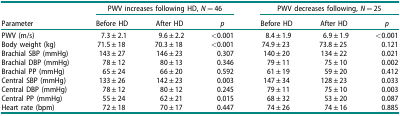
|  | <COLSPAN=3> PWV increases following HD, N = 46 | <COLSPAN=3> PWV decreases following, N = 25 |
 | Parameter | Before HD | After HD | p | Before HD | After HD | p |
 | --- | --- | --- | --- | --- | --- | --- |
 | PWV (m/s) | 7.3 ± 2.1 | 9.6 ± 2.2 | <0.001 | 8.4 ± 1.9 | 6.9 ± 1.9 | <0.001 |
 | Body weight (kg) | 71.5 ± 18 | 70.3 ± 18 | <0.001 | 74.9 ± 23 | 73.8 ± 25 | 0.121 |
 | Brachial SBP (mmHg) | 143 ± 27 | 146 ± 23 | 0.307 | 140 ± 20 | 134 ± 22 | 0.021 |
 | Brachial DBP (mmHg) | 78 ± 12 | 80 ± 13 | 0.346 | 79 ± 11 | 75 ± 10 | 0.002 |
 | Brachial PP (mmHg) | 65 ± 24 | 66 ± 20 | 0.592 | 61 ± 19 | 59 ± 20 | 0.412 |
 | Central SBP (mmHg) | 133 ± 26 | 142 ± 23 | 0.003 | 147 ± 34 | 128 ± 23 | 0.033 |
 | Central DBP (mmHg) | 78 ± 12 | 80 ± 12 | 0.245 | 79 ± 11 | 75 ± 10 | 0.003 |
 | Central PP (mmHg) | 55 ± 24 | 62 ± 21 | 0.015 | 68 ± 32 | 53 ± 20 | 0.087 |
 | Heart rate (bpm) | 72 ± 18 | 70 ± 17 | 0.447 | 74 ± 26 | 74 ± 16 | 0.885 |